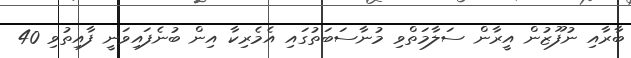
ބާރާއި ނުފޫޒުން އީރާން ސަލާމަތްވި މުނާސަބަތުގައި އެމެރިކާ އިން ބުނެފައިވަނީ ފާއިތުވި 40